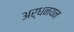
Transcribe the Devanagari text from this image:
अर्धनयन